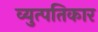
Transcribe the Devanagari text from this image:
व्युत्पतिकार